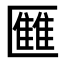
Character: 𠥥